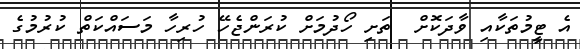
އެ ޓީމުތަކާއި ވާދަކޮށް  ތަށި ހޯދުމަށް ކުރަންޖެހޭ ހުރިހާ މަސައްކަތް ކުރުމުގެ